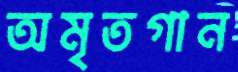
অমৃতগান